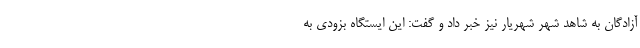
آزادگان به شاهد شهر شهریار نیز خبر داد و گفت:‌ این ایستگاه بزودی به